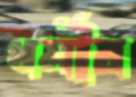
ধর্মীর